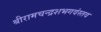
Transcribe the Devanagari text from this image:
श्रीरामचन्द्रशभगवंस्तव